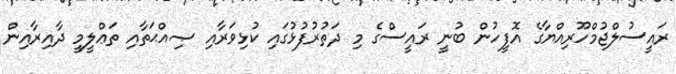
ރައީސުލްޖުމްހޫރިއްޔާގެ އޮފީހުން ބުނީ ރައީސްގެ މި ދަތުރުފުޅުގައި ކުޅިވަރާއި ޞިއްޙަތާއި ތަޢްލީމީ ދާއިރާއިން